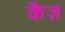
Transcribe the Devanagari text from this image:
कैज़